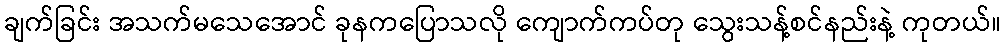
ချက်ခြင်း အသက်မသေအောင် ခုနကပြောသလို ကျောက်ကပ်တု သွေးသန့်စင်နည်းနဲ့ ကုတယ်။